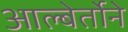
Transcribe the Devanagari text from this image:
आल्बेर्तोने